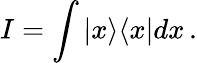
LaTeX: I=\int|x\rangle\langle x|dx\, .